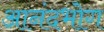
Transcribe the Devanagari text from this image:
आनंदभोग